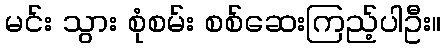
မင်း သွား စုံစမ်း စစ်ဆေးကြည့်ပါဦး။